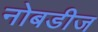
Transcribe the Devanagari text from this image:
नोबडीज